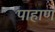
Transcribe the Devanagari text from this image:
पाहाणं